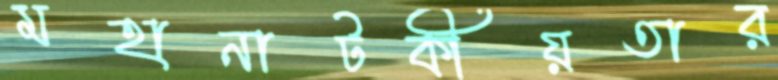
মহানাটকীয়তার